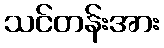
သင်တန်းအား